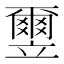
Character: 𫁮